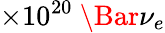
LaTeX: \times 10^{20}~\Bar{\nu}_{e}